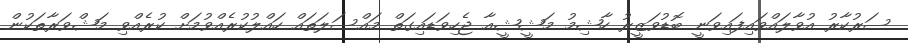
ސަރުކާރު އުވާލައްވައިފައިވަނީ ބޮޑުވަޒީރު ހާޝިމު މަޝީޝީއާ ޖެހިވަޑައިގަތް މައްސަލަތައް ހައްލުކުރެއްވުމަށް ކުރެއްވި މަޝްވަރާތަކުން